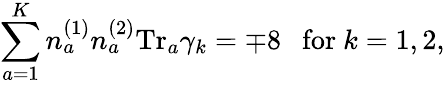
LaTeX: \sum_{a=1}^{K}n_{a}^{(1)}n_{a}^{(2)}\mathrm{Tr}_{a}\gamma_{k}=\mp 8\ \ \ \mathrm{for}\ k=1,2,